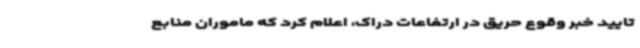
تایید خبر وقوع حریق در ارتفاعات دراک، اعلام کرد که ماموران منابع